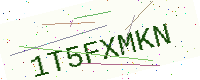
Text: 1T5FXMKN